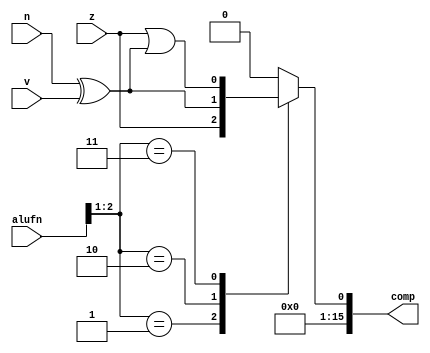
/*
   This file was generated automatically by Alchitry Labs version 1.2.7.
   Do not edit this file directly. Instead edit the original Lucid source.
   This is a temporary file and any changes made to it will be destroyed.
*/

module compare_14 (
    input z,
    input v,
    input n,
    input [5:0] alufn,
    output reg [15:0] comp
  );
  
  
  
  always @* begin
    comp = 16'h0000;
    
    case (alufn[1+1-:2])
      2'h1: begin
        comp[0+0-:1] = z;
      end
      2'h2: begin
        comp[0+0-:1] = n ^ v;
      end
      2'h3: begin
        comp[0+0-:1] = z | n ^ v;
      end
    endcase
  end
endmodule